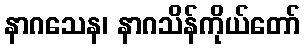
နာဂသေန၊ နာဂသိန်ကိုယ်တော်